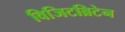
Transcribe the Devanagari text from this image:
विजिटब्रिटेन